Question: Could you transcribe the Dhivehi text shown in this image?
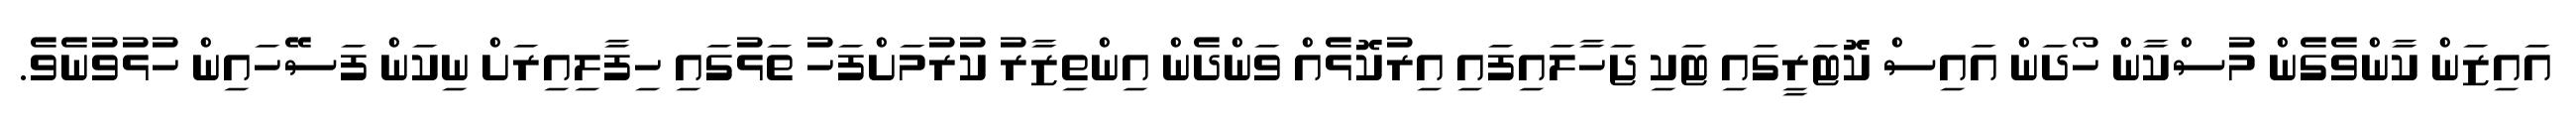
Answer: އައިޒަން ކާންވެގެން މުސްކާން ހޯދަން އައިސް ކޮޓަރީގައި ޓަކި ޖަހާލައިފައި އިރުކޮޅެއް ވަންދެން އިންތިޒާރު ކުރުމަށްފަހު ތަޅުގައި ހިފާލިއިރަށް ނިކަން ފަސޭހައިން ހުޅުވުނެވެ.